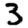
Digit: 3